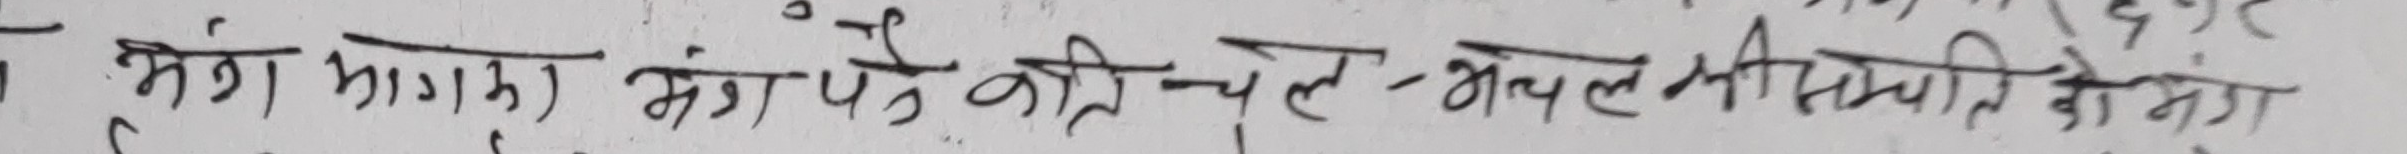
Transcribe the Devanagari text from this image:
मंग भागमा मंगले क्षेत्री चले - अचल सम्पति दो. मंग